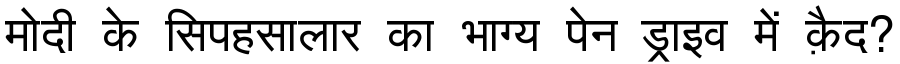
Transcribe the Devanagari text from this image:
मोदी के सिपहसालार का भाग्य पेन ड्राइव में क़ैद?